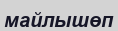
майлышөп